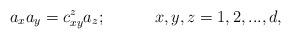
LaTeX: \begin{align*}a_{x}a_{y}=c_{xy}^{z}a_{z};\ \ \ \ \ \ \ \ \ x,y,z=1,2,...,d,\end{align*}